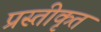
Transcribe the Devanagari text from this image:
प्रस्तीकृत